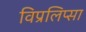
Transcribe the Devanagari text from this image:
विप्रलिप्सा